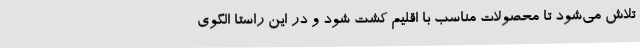
تلاش می‌شود تا محصولات مناسب با اقلیم کشت شود و در این راستا الگوی